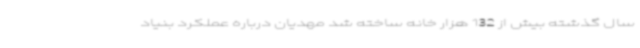
سال گذشته بیش از 132 هزار خانه ساخته شد مهدیان درباره عملکرد بنیاد